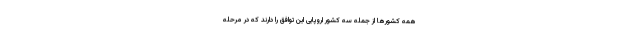
همه کشورها از جمله سه کشور اروپایی این توافق را دارند که در مرحله